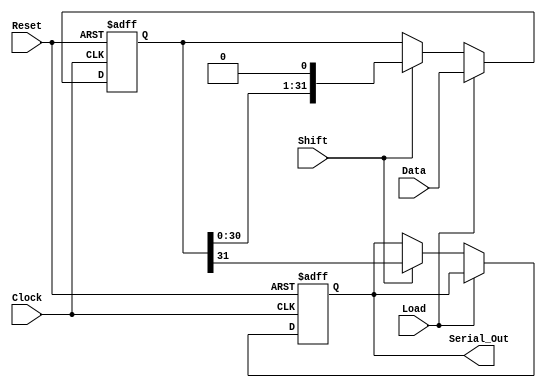
module PISO_Register (
    input wire [31:0] Data,        // 32-bit parallel input data bus
    input wire Load,               // Load control signal
    input wire Shift,              // Shift control signal
    input wire Clock,              // Clock signal
    input wire Reset,              // Asynchronous reset signal
    output reg Serial_Out          // Serial output
);

    reg [31:0] shift_reg;          // Internal 32-bit register

    always @(posedge Clock or posedge Reset) begin
        if (Reset) begin
            // Asynchronous reset
            shift_reg <= 32'b0;
            Serial_Out <= 1'b0;    // Clear serial output
        end else begin
            if (Load) begin
                // Load data into the shift register
                shift_reg <= Data;
            end else if (Shift) begin
                // Shift data out serially
                Serial_Out <= shift_reg[31]; // Output MSB
                shift_reg <= {shift_reg[30:0], 1'b0}; // Shift right (LSB filled with 0)
            end
        end
    end

endmodule